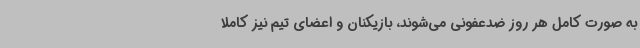
به صورت کامل هر روز ضدعفونی می‌شوند، بازیکنان و اعضای تیم نیز کاملا